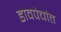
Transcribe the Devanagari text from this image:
डावपेचांत